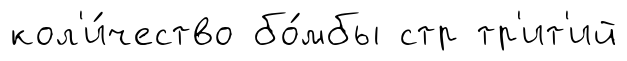
кол'и́чество бо́мбы стр тр'ит'ий